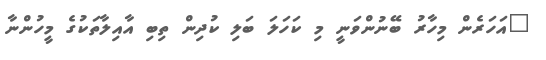
"އަހަރެން މިހާރު ބޭނުންވަނީ މި ކަހަލަ ބަލި ކުދިން ތިބި އާއިލާތަކުގެ މީހުންނާ